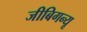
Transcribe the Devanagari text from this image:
जीबिगन्यू